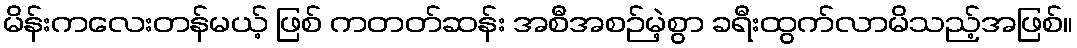
မိန်းကလေးတန်မယ့် ဖြစ် ကတတ်ဆန်း အစီအစဉ်မဲ့စွာ ခရီးထွက်လာမိသည့်အဖြစ်။